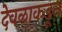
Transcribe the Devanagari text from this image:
देवळाकडून